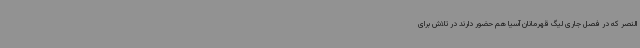
النصر که در فصل جاری لیگ قهرمانان آسیا هم حضور دارند در تلاش برای